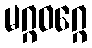
မဂ္ဂဝဂ္ဂေ